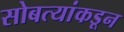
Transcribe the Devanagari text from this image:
सोबत्यांकडून